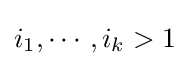
i_{1},\cdots ,i_{k}>1